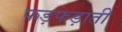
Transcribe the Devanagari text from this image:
फड़फड़ाती